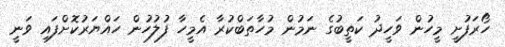
ހޯރަފުށީ މީހުން ވަހީދު ކަތީބުގެ ނަމުން މުހާތަބްކުރާ އެމީހާ ފުލުހުން ހައްޔަރުކޮށްފައި ވަނީ